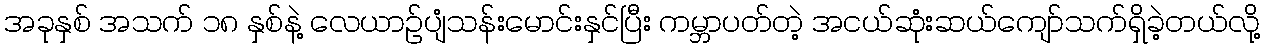
အခုနှစ် အသက် ၁၈ နှစ်နဲ့ လေယာဉ်ပျံသန်းမောင်းနှင်ပြီး ကမ္ဘာပတ်တဲ့ အငယ်ဆုံးဆယ်ကျော်သက်ရှိခဲ့တယ်လို့